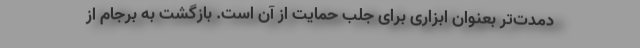
دمدت‌تر بعنوان ابزاری برای جلب حمایت از آن است. بازگشت به برجام از